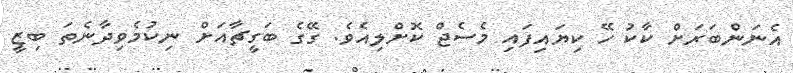
އެނަންބަރަށް ކާކު ހޭ ކިޔައިފައި މެސެޖް ކޮށްލިއެވެ. ގޭގެ ބަގީޗާއަށް ނިކުމެވިދާނެތަ ބިޒީ